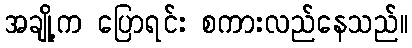
အချို့က ပြောရင်း စကားလည်နေသည်။